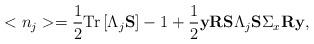
LaTeX: \begin{align*}<n_j>=\frac 12{\rm T}{\rm r}\left[\Lambda_j{\bf S}\right]-1+\frac 12{\bf y}{\bf R}\mbox{${\bf S}\Lambda_j{\bf S}\Sigma_x{\bf R}{\bf y}$},\end{align*}